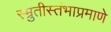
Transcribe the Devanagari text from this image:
स्म्रुतीस्तंभाप्रमाणे